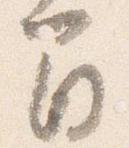
間